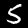
Digit: 5